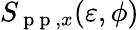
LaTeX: S_{\mathrm{~p~p~},x}(\varepsilon,\phi)